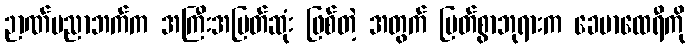
ဉာဏ်ပညာဘက်က အကြီးအမြတ်ဆုံး ဖြစ်တဲ့ အတွက် မြတ်စွာဘုရားက ခေမာထေရီကို